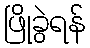
ဖြိုခွဲရန်